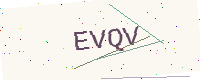
Text: EVQV